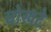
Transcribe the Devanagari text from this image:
चोखटे